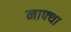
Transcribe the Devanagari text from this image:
नाफ्था